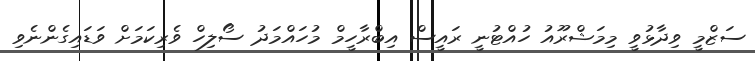
ސަޒްމީ ވިދާޅުވީ މިމަޝްރޫއު ހުއްޓުނީ ރައީސް އިބްރާހީމް މުހައްމަދު ސޯލިހް ވެރިކަމަށް ވަޑައިގެންނެވި